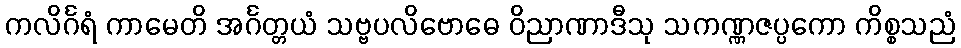
ကလိင်္ဂရံ ကာမေတိ အင်္ဂတ္တယံ သဗ္ဗပလိဗောဓေ ဝိညာဏာဒီသု သကဏ္ဏဇပ္ပကော ကိစ္စသညံ